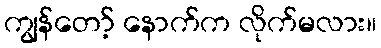
ကျွန်တော့် နောက်က လိုက်မလား။